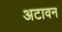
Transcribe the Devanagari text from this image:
अटावन